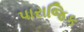
પારાજિક